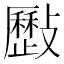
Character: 𣀥